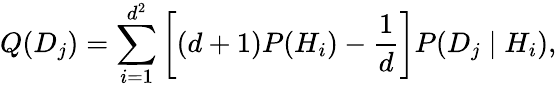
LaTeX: Q(D_{j})=\sum_{i=1}^{d^{2}}\left[(d+1)P(H_{i})-{\frac{1}{d}}\right]P(D_{j}\mid H_{i}),